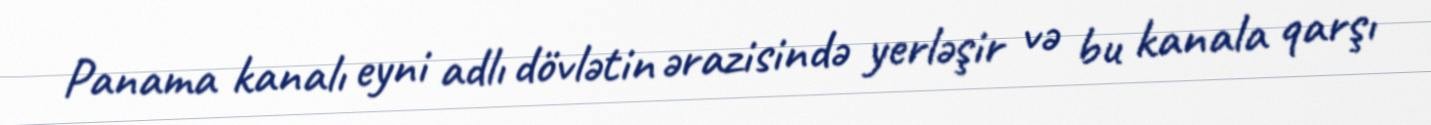
Panama kanalı eyni adlı dövlətin ərazisində yerləşir və bu kanala qarşı